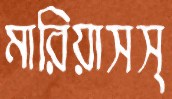
মারিয়াসস্